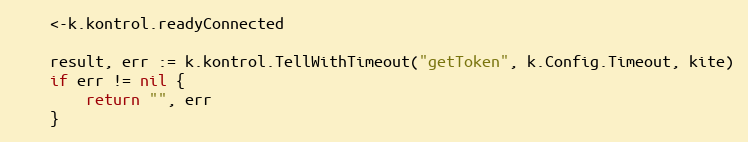
Language: Go
	<-k.kontrol.readyConnected

	result, err := k.kontrol.TellWithTimeout("getToken", k.Config.Timeout, kite)
	if err != nil {
		return "", err
	}